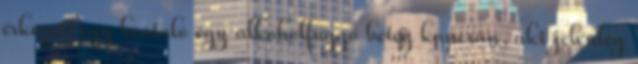
érkezett egy beutaló egy alkoholfüggő beteg kapcsán, aki jelenleg